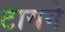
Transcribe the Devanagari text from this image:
टायगे